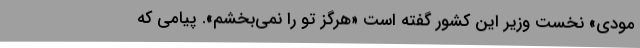
مودی» نخست وزیر این کشور گفته است «هرگز تو را نمی‌بخشم». پیامی که